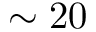
\sim 2 0